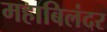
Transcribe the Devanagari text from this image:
महाबिलंदर